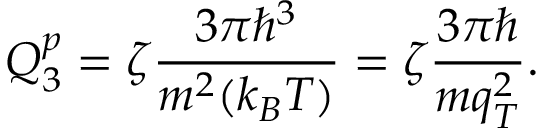
Q _ { 3 } ^ { p } = \zeta \frac { 3 \pi \hbar ^ { 3 } } { m ^ { 2 } ( k _ { B } T ) } = \zeta \frac { 3 \pi \hbar } { m q _ { T } ^ { 2 } } .